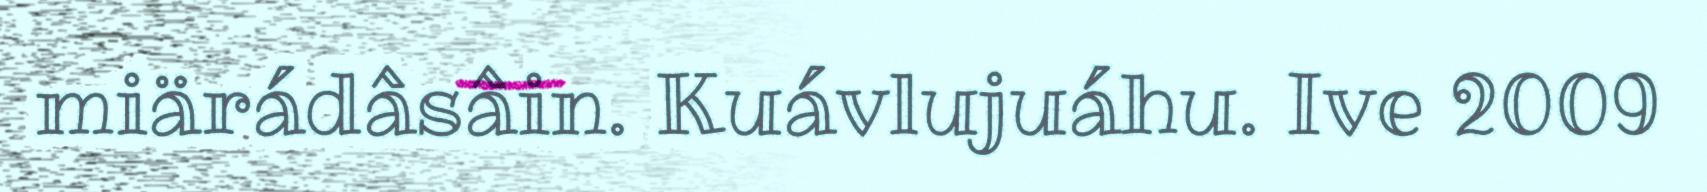
miärádâsâin. Kuávlujuáhu. Ive 2009